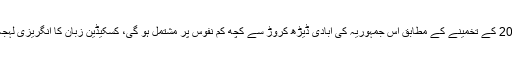
اس ریاست کا دارالحکومت بھی کسکاڈا نامی شہر ہو گا،اس کا رقبہ 855762مربع کلومیٹر پر محیط ہوگا،2005 کے تخمینے کے مطابق اس جمہوریہ کی آبادی ڈیڑھ کروڑ سے کچھ کم نفوس پر مشتمل ہو گی، کسکیڈین زبان کا انگریزی لہجہ اس ریاست کی قومی زبان ہو گی اور 323بلین امریکی ڈالراس ریاست کی کل مجوزہ جی ڈی پی ہواکرے گی۔